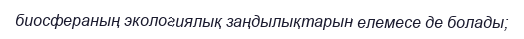
биосфераның экологиялық заңдылықтарын елемесе де болады;